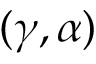
( \gamma , \alpha )